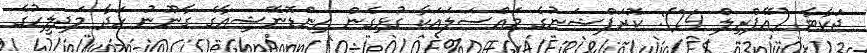
ޖަކާޓާ (އޭޕްރިލް 24): ކޮރަޕްޝަނުގެ މައްސަލައަކާ ގުޅިގެން އިންޑޮނޭޝިއާގެ ގާނޫނު ހަދާ މަޖިލީހުގެ